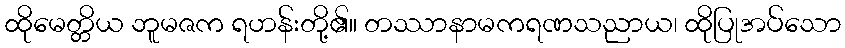
ထိုမေတ္တိယ ဘူမဇက ရဟန်းတို့၏။ တဿာနာမကရဏသညာယ၊ ထိုပြုအပ်သော